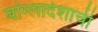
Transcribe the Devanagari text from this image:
बांग्लादेशाची